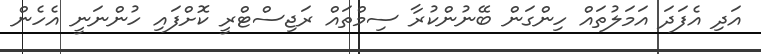
އަދި އެފަދަ އަމަލުތައް ހިންގަން ބޭނުންކުރާ ސިމްތައް ރަޖިސްޓްރީ ކޮށްފައި ހުންނަނީ އެހެން